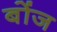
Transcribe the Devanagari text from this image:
बोंज